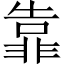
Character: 靠